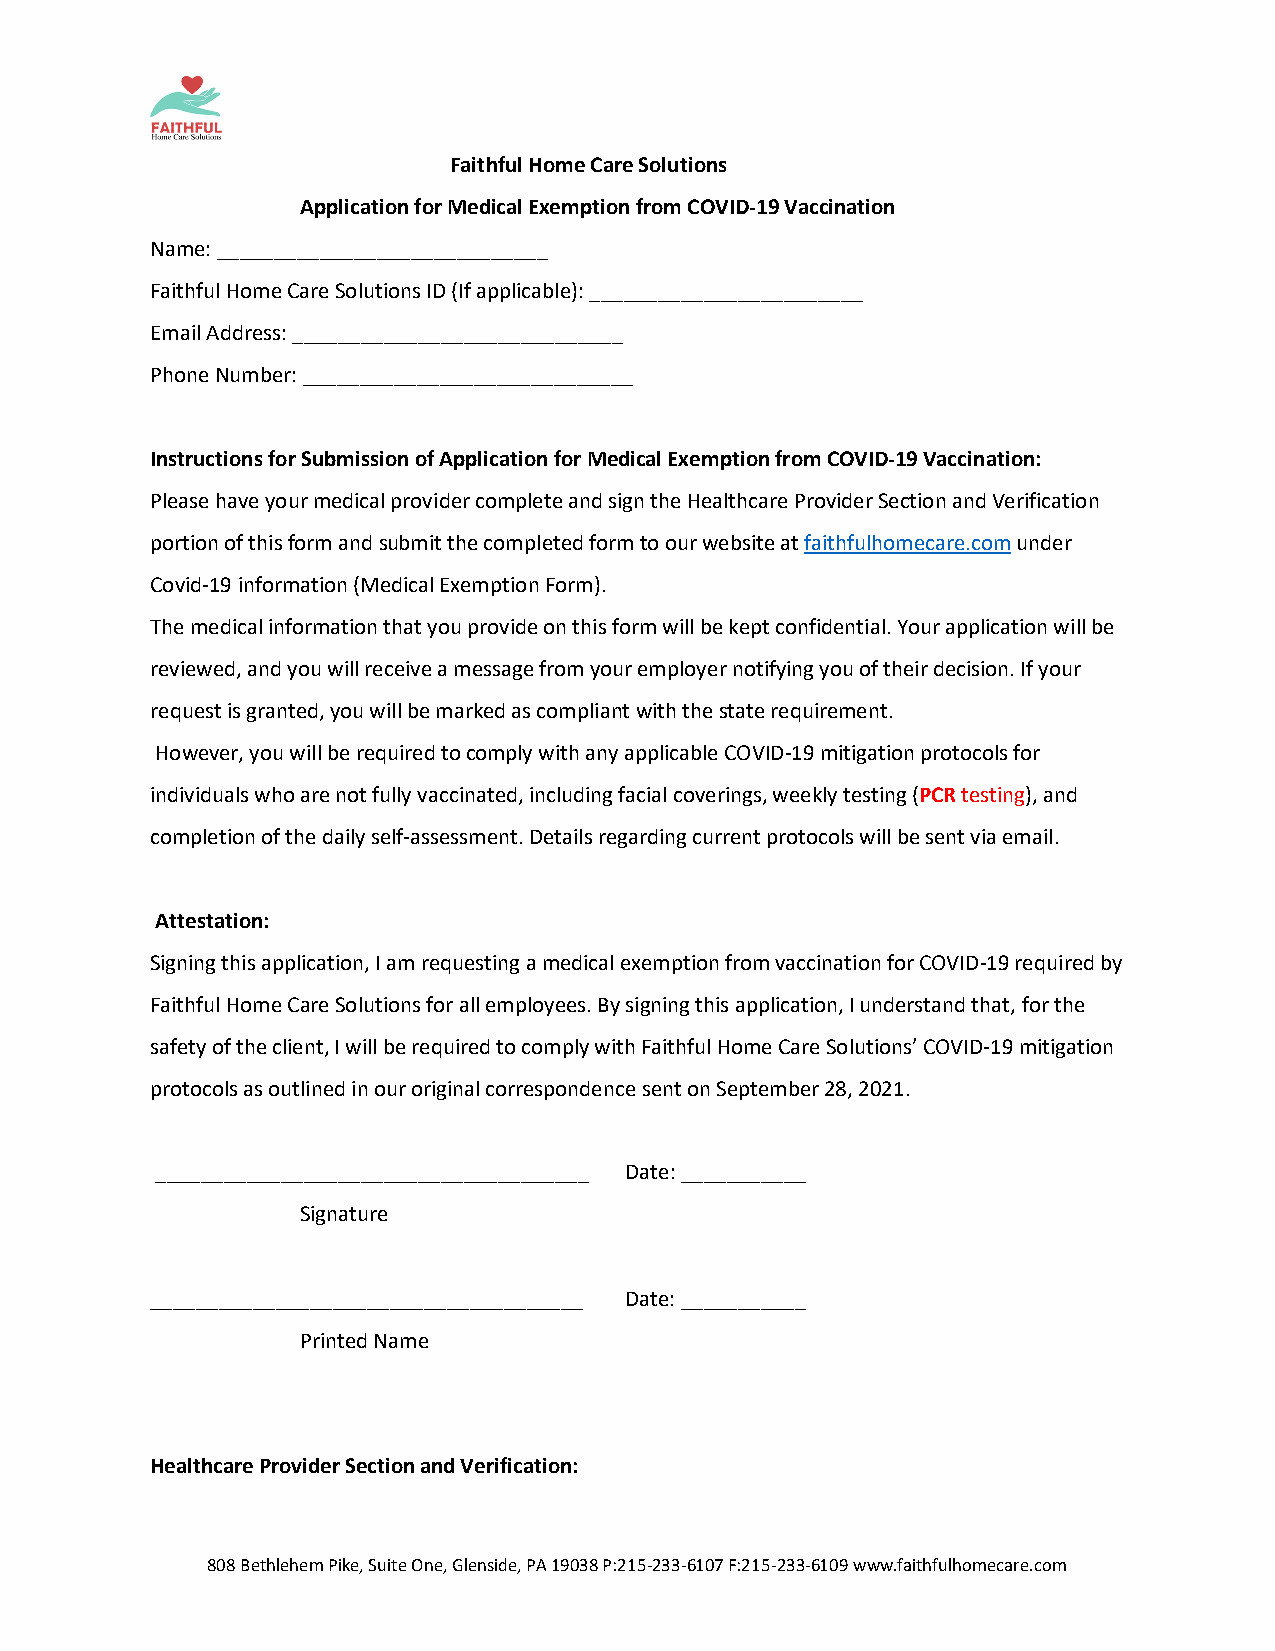
Faithful Home Care Solutions
 Application for Medical Exemption from COVID-19 Vaccination
 Name: _____________________________
 Faithful Home Care Solutions ID (If applicable): ________________________
 Email Address: _____________________________
 Phone Number: _____________________________
 Instructions for Submission of Application for Medical Exemption from COVID-19 Vaccination:
 Please have your medical provider complete and sign the Healthcare Provider Section and Verification
 portion of this form and submit the completed form to our website at faithfulhomecare.com under
 Covid-19 information (Medical Exemption Form).
 The medical information that you provide on this form will be kept confidential. Your application will be
 reviewed, and you will receive a message from your employer notifying you of their decision. If your
 request is granted, you will be marked as compliant with the state requirement.
 However, you will be required to comply with any applicable COVID-19 mitigation protocols for
 individuals who are not fully vaccinated, including facial coverings, weekly testing (PCR testing), and
 completion of the daily self-assessment. Details regarding current protocols will be sent via email.
 Attestation:
 Signing this application, I am requesting a medical exemption from vaccination for COVID-19 required by
 Faithful Home Care Solutions for all employees. By signing this application, I understand that, for the
 safety of the client, I will be required to comply with Faithful Home Care Solutions’ COVID-19 mitigation
 protocols as outlined in our original correspondence sent on September 28, 2021.
 ______________________________________ Date: ___________
 Signature
 ______________________________________ Date: ___________
 Printed Name
 Healthcare Provider Section and Verification:
 808 Bethlehem Pike, Suite One, Glenside, PA 19038 P:215-233-6107 F:215-233-6109 www.faithfulhomecare.com